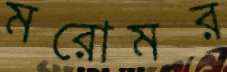
মরোমর